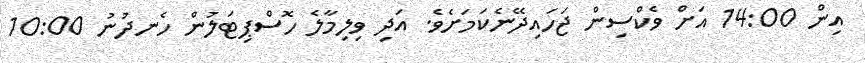
އިން 14:00 އަށް ވެކްސިން ޖަހައިދޭނެކަމަށެވެ. އަދި ވިލިމާލެ ހޮސްޕިޓަލުން ހެނދުނު 10:00